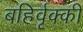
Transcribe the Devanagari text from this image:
बहिर्वृक्की